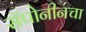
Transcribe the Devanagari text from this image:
सॅपोनीनचा